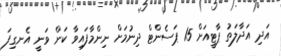
އަދި އަދާލަތު ޕާޓީއަށް 15 ޕަސެންޓް ދިނުމަށް ނިންމާފައިވާ ކަން ވަނީ އެނގިފަ